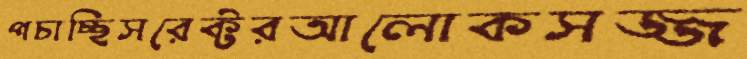
পচাচ্ছিসরেক্টরআলোকসজ্জ